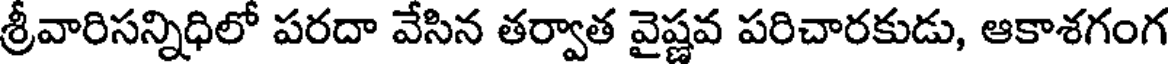
శ్రీవారిసన్నిధిలో పరదా వేసిన తర్వాత వైష్ణవ పరిచారకుడు, ఆకాశగంగ